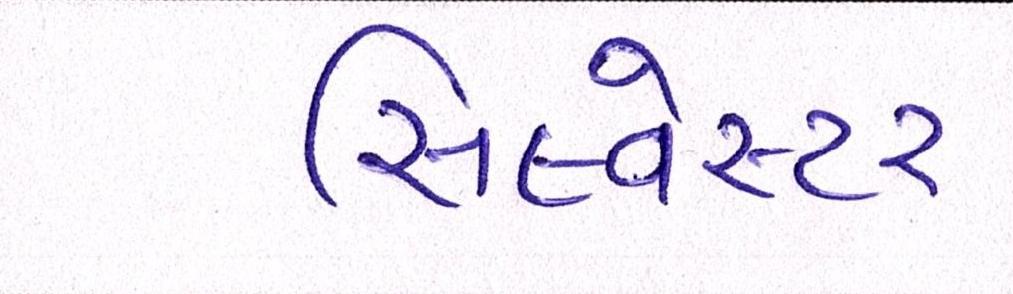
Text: સિલ્વેસ્ટર